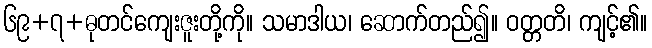
၆၉+၇+ဓုတင်ကျေးဇူးတို့ကို။ သမာဒါယ၊ ဆောက်တည်၍။ ဝတ္တတိ၊ ကျင့်၏။